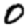
Digit: 0